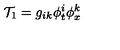
{ \cal T } _ { 1 } = g _ { i k } \phi _ { t } ^ { i } \phi _ { x } ^ { k }